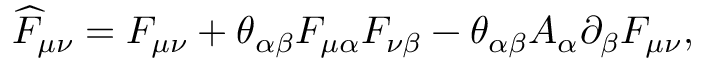
\widehat { F } _ { \mu \nu } = F _ { \mu \nu } + \theta _ { \alpha \beta } F _ { \mu \alpha } F _ { \nu \beta } - \theta _ { \alpha \beta } A _ { \alpha } \partial _ { \beta } F _ { \mu \nu } ,